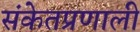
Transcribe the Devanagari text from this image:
संकेतप्रणाली